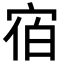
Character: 𪧐